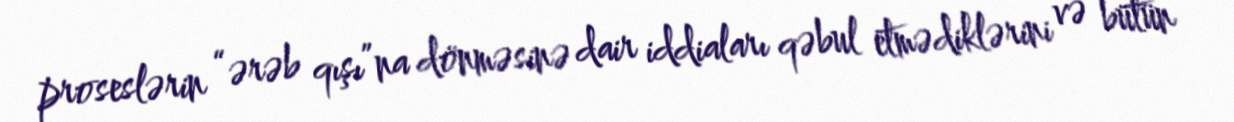
proseslərin “ərəb qışı”na dönməsinə dair iddiaları qəbul etmədiklərini və bütün